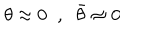
\theta \approx 0 \; \; , \; \; \bar { \theta } \approx 0